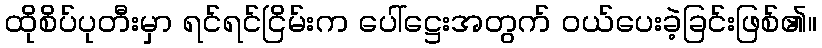
ထိုစိပ်ပုတီးမှာ ရင်ရင်ငြိမ်းက ပေါ်ဋ္ဌေးအတွက် ဝယ်ပေးခဲ့ခြင်းဖြစ်၏။